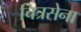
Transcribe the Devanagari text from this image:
चित्रसेना